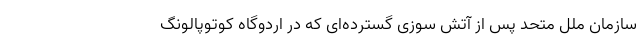
سازمان ملل متحد پس از آتش سوزی گسترده‌ای که در اردوگاه کوتوپالونگ